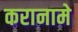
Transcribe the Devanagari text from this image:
करानामे